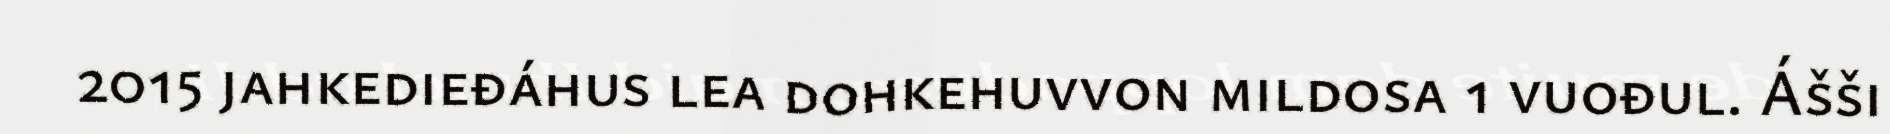
2015 jahkedieđáhus lea dohkehuvvon mildosa 1 vuođul. Ášši